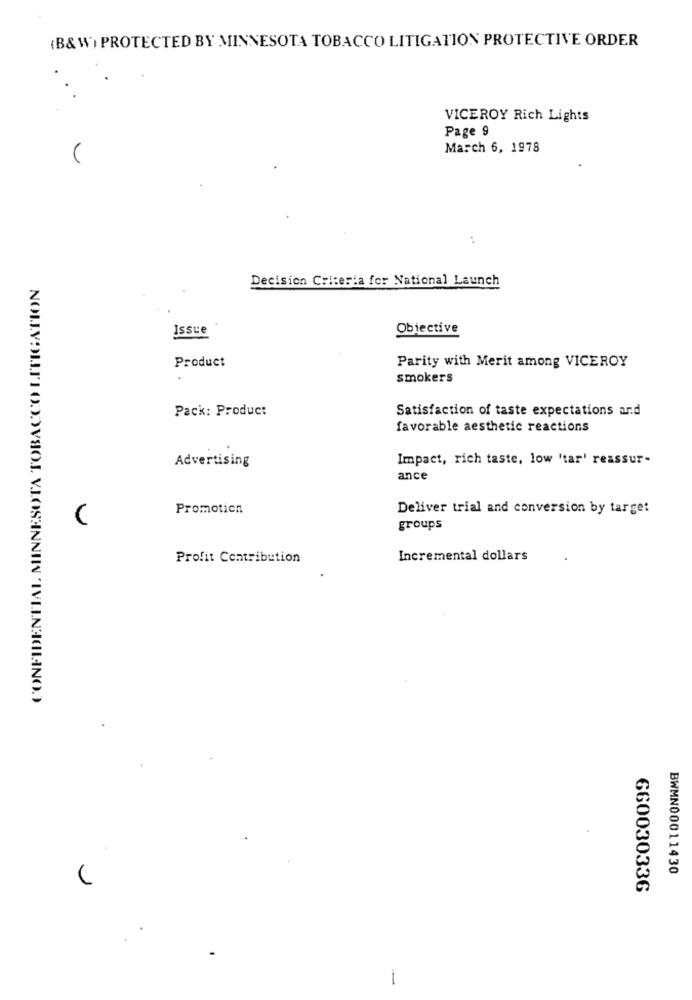
(B&W) PROTECTED BY MINNESOTA TOBACCO LITIGATION PROTECTIVE ORDER
VICEROY Rich Lights
Page 9
March 6, 1978
V
Decision Criteria for National Launch
Issue
Obiective
Product
Parity with Merit among VICEROY
smokers
Pack: Product
Satisfaction of taste expectations ard
favorable aesthetic reactions
Advertising
Impact, rich taste, low 'tar' reassur-
ance
Promotion
Deliver trial and conversion by target
groups
Profit Contribution
Incremental dollars
BWMN00011430
660030336
-